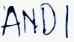
Text: AND1